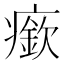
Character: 𤺰